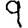
Digit: 9